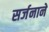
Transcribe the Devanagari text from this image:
सर्जनाने